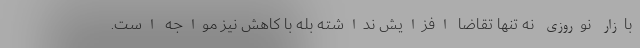
بازار نوروزی نه تنها تقاضا افزایش نداشته بله با کاهش نیز مواجه است.